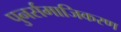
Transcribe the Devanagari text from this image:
पुनर्समाजिकरण